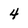
Character: 4